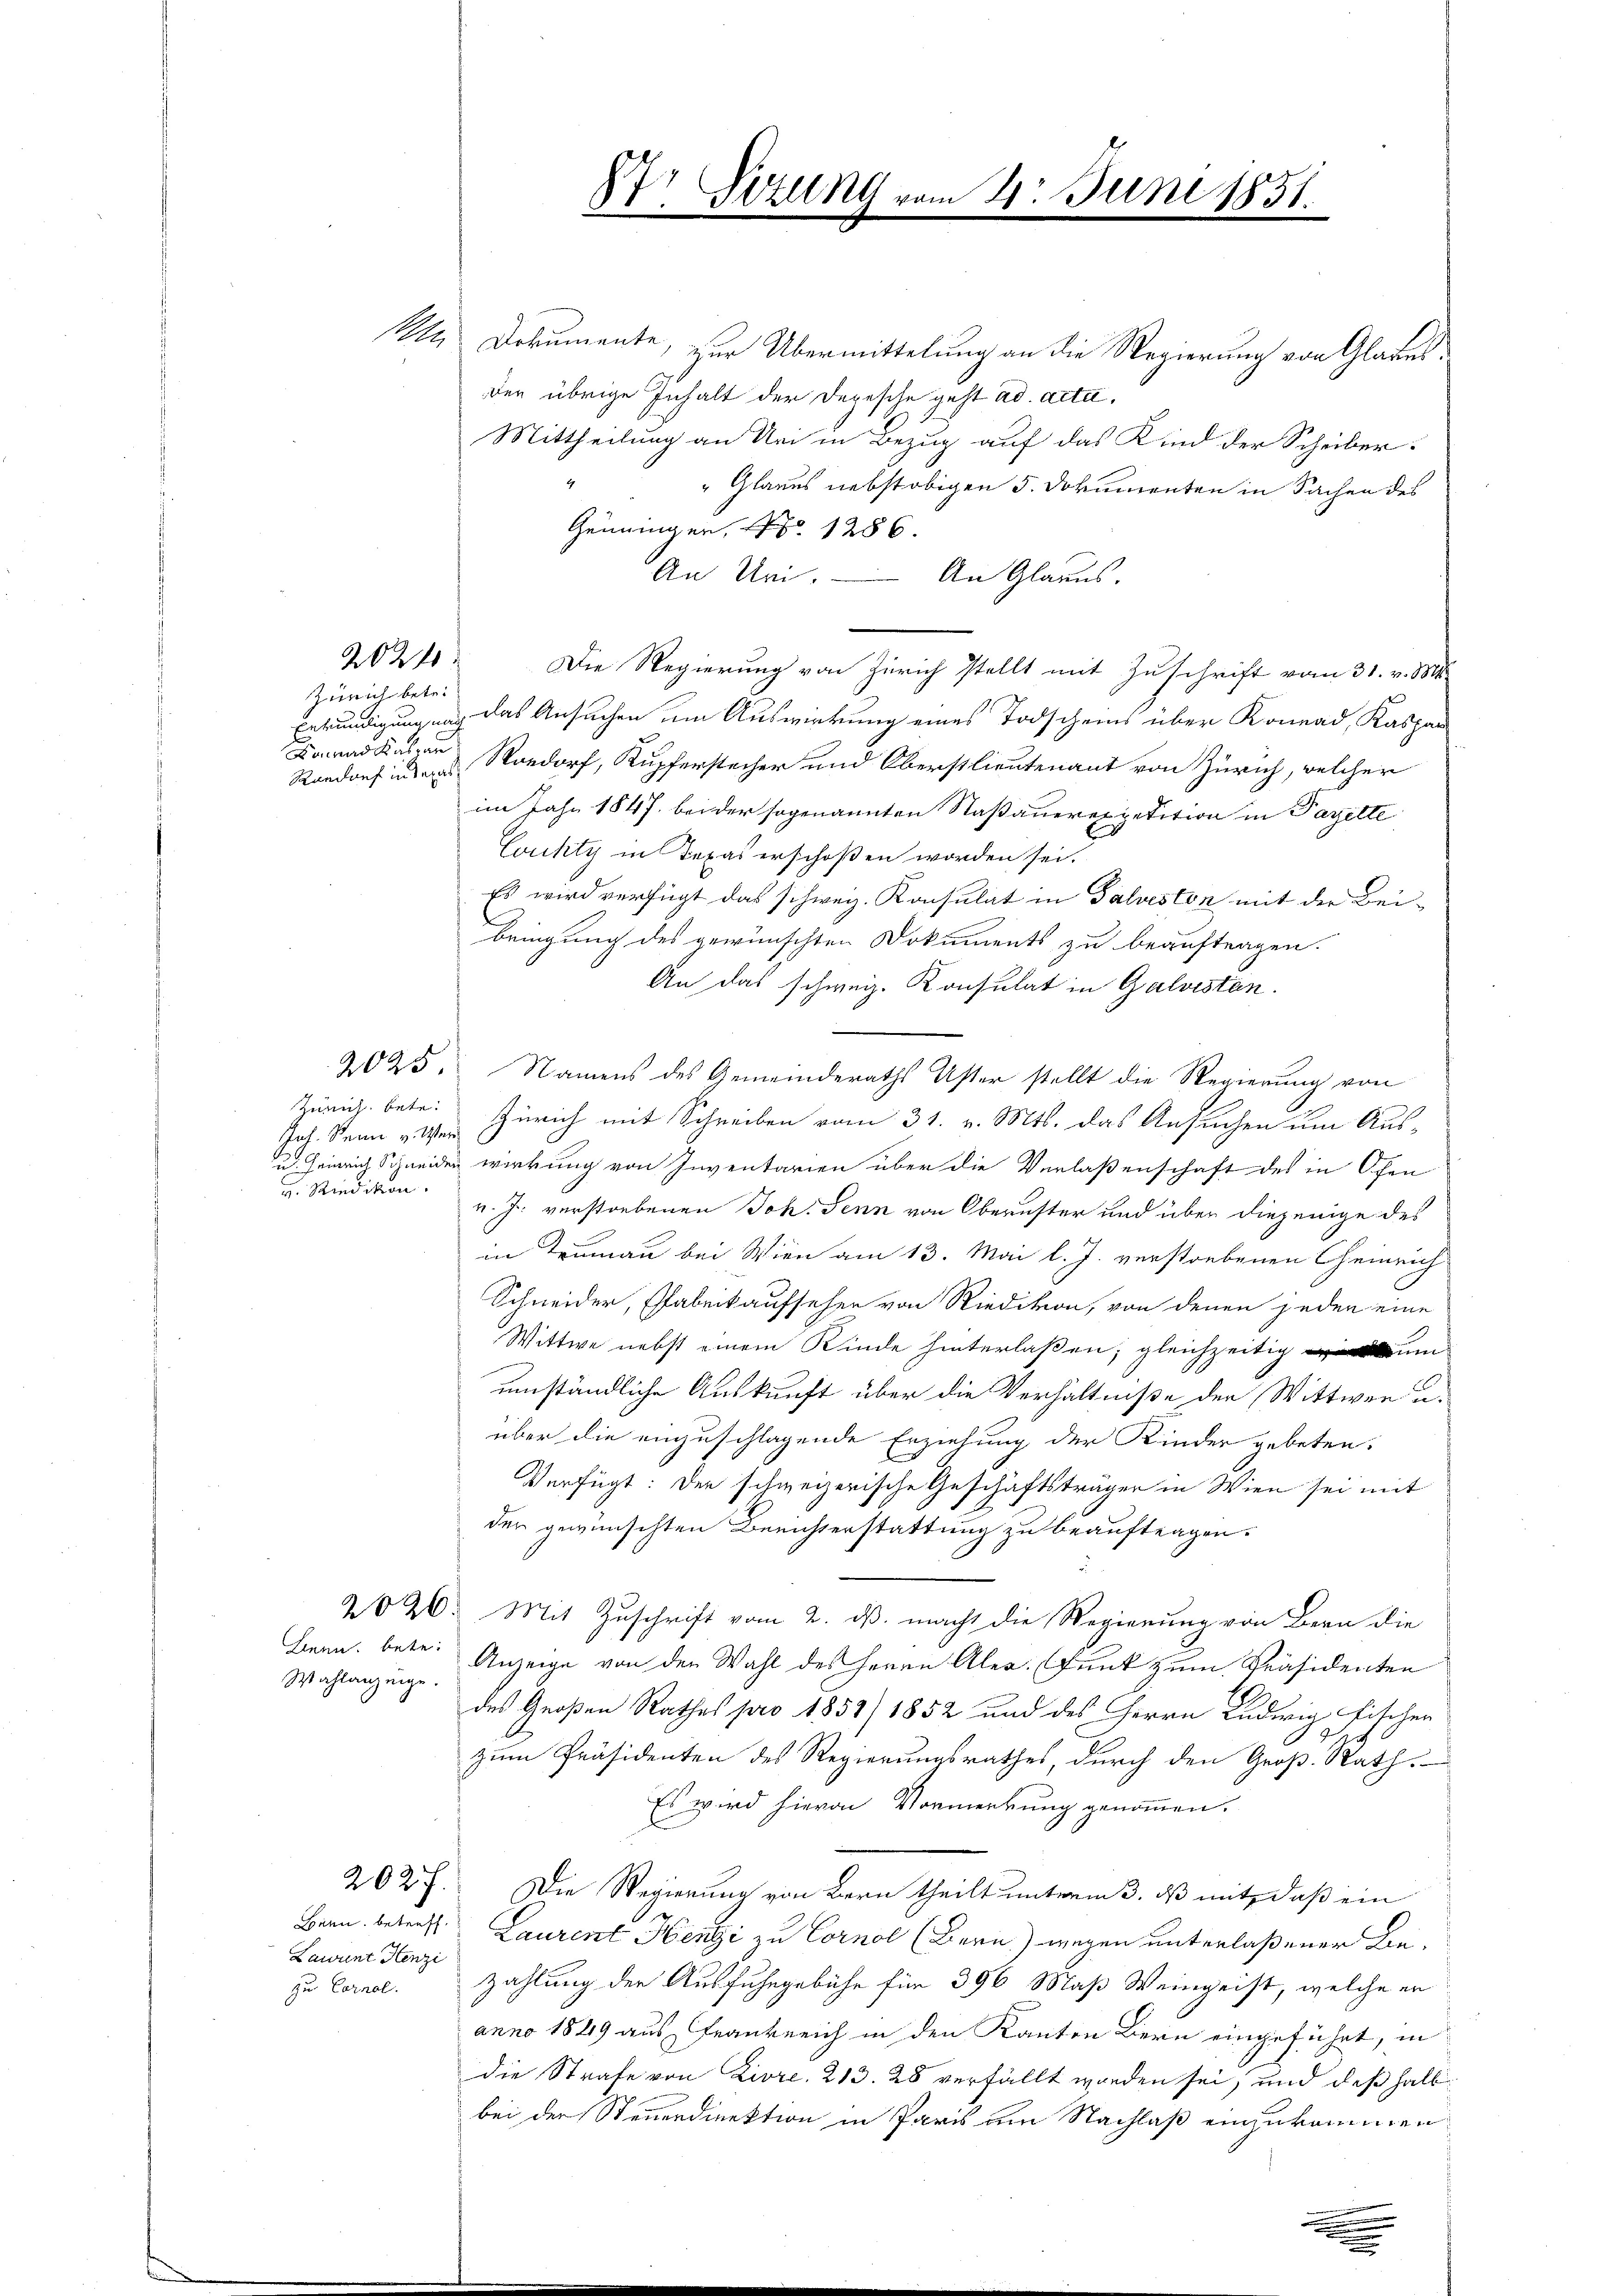
2024

Zürich betr.
Randorf in Texas

Jos. Seine v. Mer
v. Riedikon.

Lenn. betr.
Wahlanzeige.

Lawunt Henzi
zu Cornel.

1n Dokumente, zur Übermittelung an die Regierung von Glarusder übrige Inhalt der Depesche geht ad acta.
Mittheilung an Uri in Bezug auf das Kind der Scheiber.
4
" Glarus nebst obigen 5. Dokumenten in Sachen des
Genninger, No 1286.
An Uri.
An Glarus.
Die Regierung von Zürich stellt mit Zuschrift vom 31. v. Mts.
Erkundigung nach das Ansuchen um Auswirkung eines Todscheins über Konrad, Kaspar
aad Kaser Nordorf, Kupferstecher und Oberstlieutenant von Zürich, welcher
im Jahr 1847 bei der sogenannten Saßauerexpetition in Parzelte
County in Texas erschoßen worden sei.
Es wird verfügt das schweiz. Konsulat in Galveston mit der Beibringung des gewünschten Dokuments zu beauftragen.
An das schweiz. Konsulat in Galvisten.
2025. Namens des Gemeinderaths Uster stellt die Regierung von
Zürich. betr. Zürich mit Schreiben vom 31. v. Mts. das Ansuchen um Aus-
u. Heinrich Schneiden wirkung von Inventarien über die Verlaßenschaft des in Ofen
v. J. verstorbenen Joh. Senn von Oberuster und über diejenige des
in Teumann bei Wien am 13. Mai l. J. verstorbenen Cheinrich
Schneider, Fabrikaufseher von Riedikon, von denen jeden eine
Wittwe nebst einem Kinde hinterlaßen; gleichzeitig um
umständliche Auskunft über die Verhältniße der Wittwen u.
über die einzuschlagende Erziehung der Kinder gebeten.
Verfügt: Der schweizerische Geschäftsträger in Wien sei mit
der gewünschten Berichterstattung zu beauftragen.
202. Mit Zuschrift vom 2. ds. macht die Regierung von Bern die
Anzeige von den Wahl des Herrn Aler. Funk zum Präsidenten
des Großen Rathes pro 1852/ 1852 und des Herrn Ludwig Fischer
zum Präsidenten des Regierungsrathes, durch den Groß-Rath.
Es wird hievon Vormerkung genommen.
2027. Die Regierung von Bern theilt unterm 3. ds mit, daß ein
Bern betreff Laurent Hengi zu Cornol (Bern) wegen unterlaßener Bezahlung der Ausfuhrgebühr für 396 Maß Weingeist, welche er
anno 1529 aus Frankreich in den Kanton Bern eingeführt, in
die Strafe von Livre, 213. 28 verfällt worden sei, und daß halb
bei der Steuerdirektion in Paris um Nachlaß einzukommen
e
e

Str. Sitzung.

4. Juni 1851.

.
.